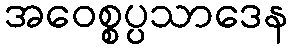
အဝေစ္စပ္ပသာဒေန